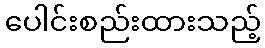
ပေါင်းစည်းထားသည့်